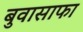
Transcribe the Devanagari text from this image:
बुवासाफा